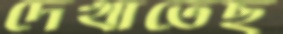
দেখাতেছ